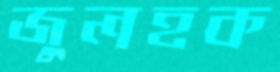
জুলহক